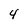
Character: 4